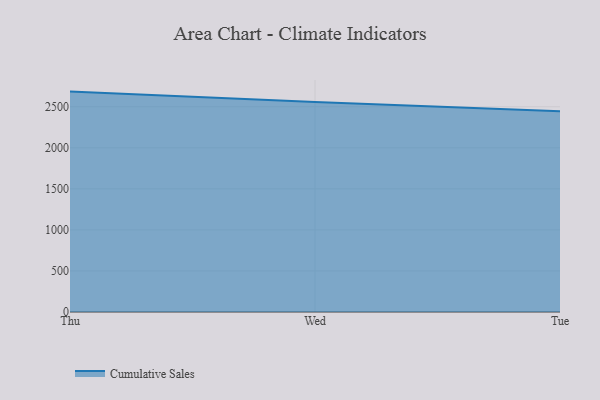
{"axis": {"x": "Day", "y": "Demand Index"}, "legend": ["Cumulative Sales"], "data": [{"x": "Thu", "y": 2684.6, "type": "Cumulative Sales"}, {"x": "Wed", "y": 2556.7, "type": "Cumulative Sales"}, {"x": "Tue", "y": 2444.7, "type": "Cumulative Sales"}]}